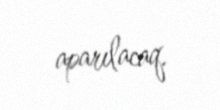
aparılacaq.